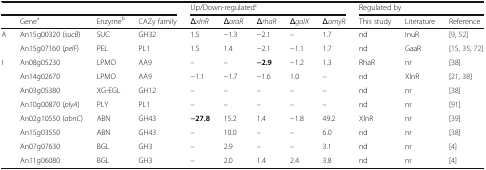
| <COLSPAN=4>  | <COLSPAN=5> Up/Down-regulatedc | <COLSPAN=3> Regulated by |
 |  | Genea | Enzymeb | CAZy family | ΔxlnR | ΔaraR | ΔrhaR | ΔgalX | ΔamyR | This study | Literature | Reference |
 | --- | --- | --- | --- | --- | --- | --- | --- | --- | --- | --- | --- |
 | <ROWSPAN=2> A | An15g00320 (sucB) | SUC | GH32 | 1.5 | −1.3 | −2.1 | – | 1.7 | nd | InuR | [9, 52] |
 | An15g07160 (pelF) | PEL | PL1 | 1.5 | 1.4 | −2.1 | −1.1 | 1.7 | nd | GaaR | [15, 35, 72] |
 | <ROWSPAN=8> I | An08g05230 | LPMO | AA9 | – | – | −2.9 | −1.2 | 1.3 | RhaR | nr | [38] |
 | An14g02670 | LPMO | AA9 | −1.1 | −1.7 | −1.6 | 1.0 | – | nd | XlnR | [21, 38] |
 | An03g05380 | XG-EGL | GH12 | – | – | – | – | – | nd | nr | [38] |
 | An10g00870 (plyA) | PLY | PL1 | – | – | – | – | – | nd | nr | [91] |
 | An02g10550 (abnC) | ABN | GH43 | −27.8 | 15.2 | 1.4 | −1.8 | 49.2 | XlnR | nr | [39] |
 | An15g03550 | ABN | GH43 | – | 10.0 | – | – | 6.0 | nd | nr | [38] |
 | An07g07630 | BGL | GH3 | – | 2.9 | – | – | 3.1 | nd | nr | [4] |
 | An11g06080 | BGL | GH3 | – | 2.0 | 1.4 | 2.4 | 3.8 | nd | nr | [4] |